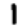
Digit: 1